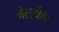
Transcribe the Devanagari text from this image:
जेलकैप